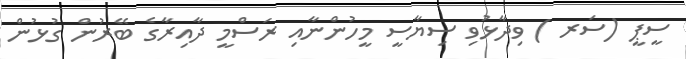
ސީޕީ (ސަރ ) ވިދާޅުވި ސިޔާސީ މީހުންނާއި ރަސްމީ ދާއިރާގެ ބޭރުން ގުޅުން